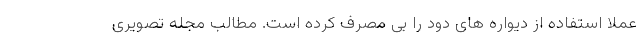
عملا استفاده از دیواره های دود را بی مصرف کرده است. مطالب مجله تصویری